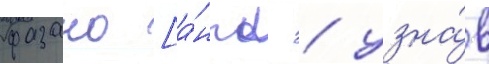
фазано [а́нгл. / узна́в